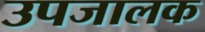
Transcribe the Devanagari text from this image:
उपजालक